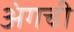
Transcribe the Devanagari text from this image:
अंगची